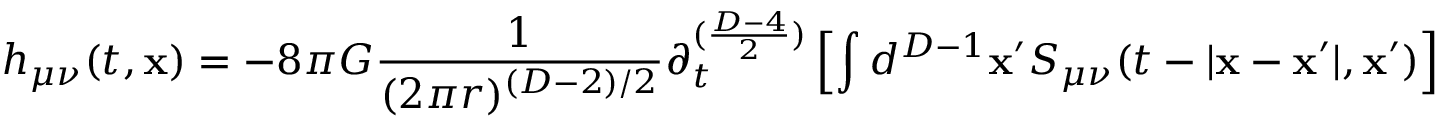
h _ { \mu \nu } ( t , { \bf x } ) = - 8 \pi { \cal G } \frac { 1 } { ( 2 \pi r ) ^ { ( D - 2 ) / 2 } } \partial _ { t } ^ { ( \frac { D - 4 } { 2 } ) } \left[ \int d ^ { D - 1 } { \bf x ^ { \prime } } S _ { \mu \nu } ( t - | { \bf x - x ^ { \prime } } | , { \bf x ^ { \prime } } ) \right] \, ,